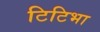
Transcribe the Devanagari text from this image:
टिटिभा